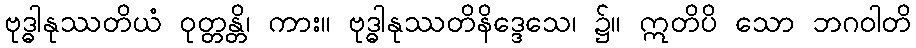
ဗုဒ္ဓါနုဿတိယံ ဝုတ္တန္တိ၊ ကား။ ဗုဒ္ဓါနုဿတိနိဒ္ဒေသေ၊ ၌။ ဣတိပိ သော ဘဂဝါတိ